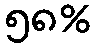
၅၈%